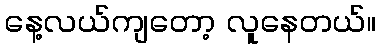
နေ့လယ်ကျတော့ လူနေတယ်။